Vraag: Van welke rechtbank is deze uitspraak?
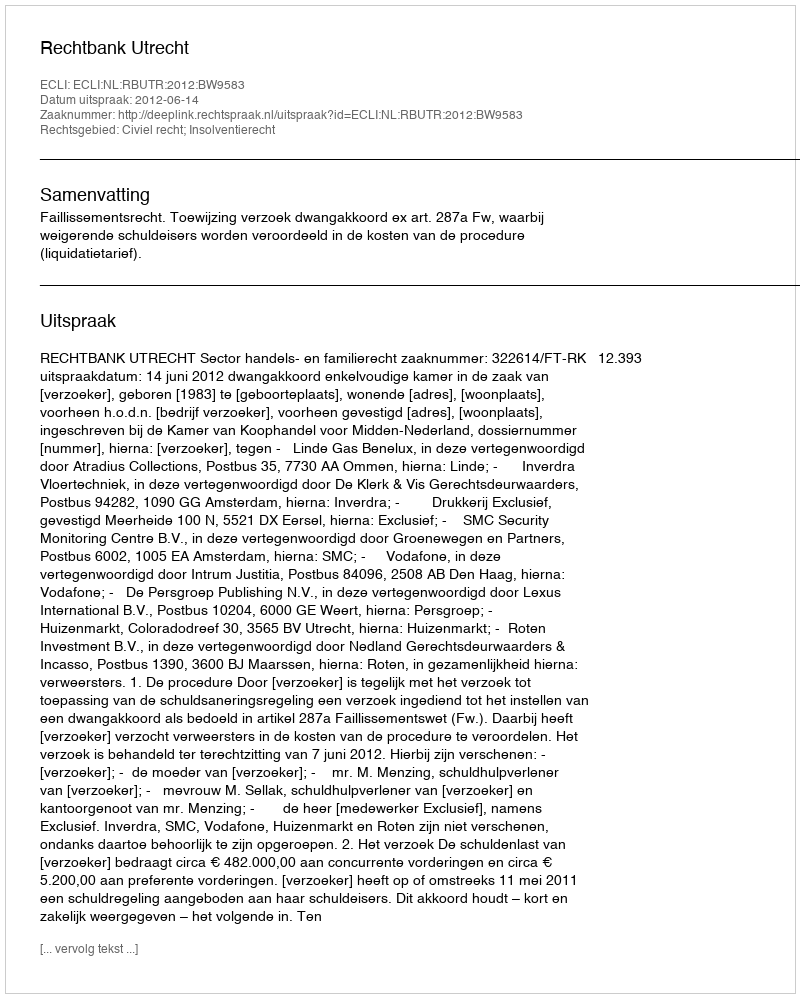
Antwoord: Rechtbank Utrecht